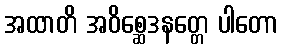
အထာတိ အဝိစ္ဆေဒနတ္တေ ပါတော